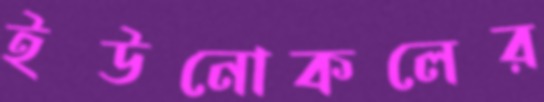
ইউনোকলের